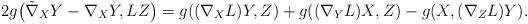
LaTeX: \begin{gather*}2g\big(\tilde{\nabla}_XY-\nabla_XY,LZ\big)=g((\nabla_XL)Y,Z)+g((\nabla_YL)X,Z)-g(X,(\nabla_ZL)Y).\end{gather*}